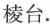
棱台。